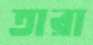
তারা